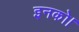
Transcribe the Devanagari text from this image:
इनको।